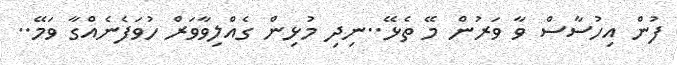
ފުން އިހުސާސް ވާ ވަރުން މޭ ތެޅޭ..ނިދި މުޅިން ގެއްލިވާވަރް ހުވަފެނެއްގާ ވަމޭ..